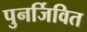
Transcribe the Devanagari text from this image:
पुनर्जिवित